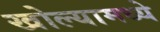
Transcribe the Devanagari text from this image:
खोल्यामध्ये